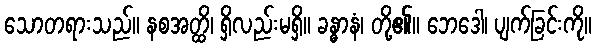
သောတရားသည်။ နစအတ္ထိ၊ ရှိလည်းမရှိ။ ခန္ဓာနံ၊ တို့၏။ ဘေဒေါ၊ ပျက်ခြင်းကို။